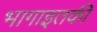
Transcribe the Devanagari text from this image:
भागाइतकी